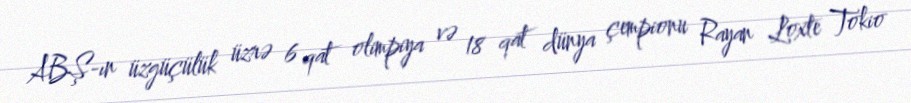
ABŞ-ın üzgüçülük üzrə 6 qat olimpiya və 18 qat dünya çempionu Rayan Loxte Tokio